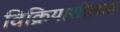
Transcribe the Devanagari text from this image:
विक्रियाशीलता